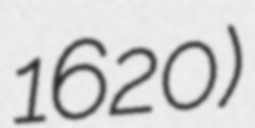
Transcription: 1620)